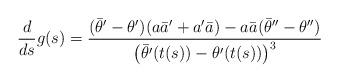
LaTeX: \begin{align*} \frac{d}{ds}g(s)=\frac{(\bar{\theta}'-\theta')(a\bar{a}'+a'\bar{a})-a\bar{a}(\bar{\theta}''-\theta'')}{\left(\bar{\theta}'(t(s))-\theta'(t(s))\right)^3}\end{align*}